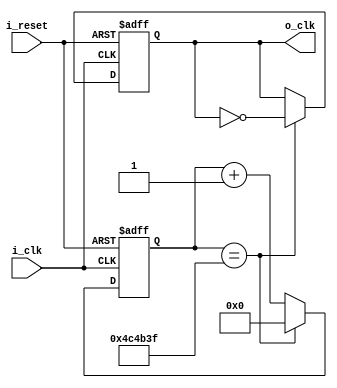
`timescale 1ns / 1ps
//////////////////////////////////////////////////////////////////////////////////
// Company: 
// Engineer: 
// 
// Design Name: 
// Module Name: clock_divider_digit
// Project Name: 
// Target Devices: 
// Tool Versions: 
// Description: 
// 
// Dependencies: 
// 
// Revision:
// Revision 0.01 - File Created
// Additional Comments:
// 
//////////////////////////////////////////////////////////////////////////////////


module clock_divider_digit(
        input i_clk,
        input i_reset,
        output o_clk
    );

    reg  r_clk = 0;
    reg [31:0] r_counter = 0;
    assign o_clk = r_clk;
    
     // 10hz  =====> 100_000_000 / 10 = 10_000_000
     // 10_000_000 / 2 = 5_000_000
    always @(posedge i_clk or posedge i_reset) begin
        if(i_reset)begin
            r_clk <= 0;
            r_counter <= 0;
        end
        else begin
            if(r_counter == 5_000_000 - 1) begin
                r_counter <= 0;
                r_clk = ~r_clk;
            end
            else begin
                r_counter <= r_counter + 1;
            end
        end

    end
endmodule